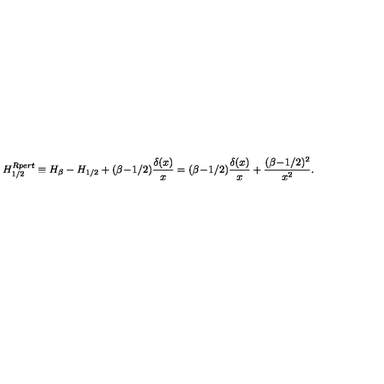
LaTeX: H _ { 1 / 2 } ^ { R p e r t } \equiv H _ { \beta } - H _ { 1 / 2 } + ( \beta \! - \! 1 / 2 ) { \frac { \delta ( x ) } { x } } = ( \beta \! - \! 1 / 2 ) { \frac { \delta ( x ) } { x } } + { \frac { ( \beta \! - \! 1 / 2 ) ^ { 2 } } { x ^ { 2 } } } .